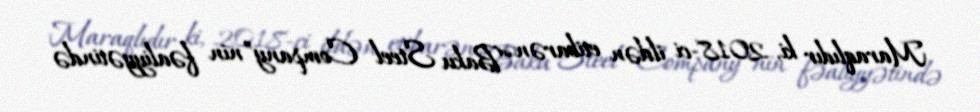
Maraqlıdır ki, 2018-ci ildən etibarən “Baku Steel Company”nin fəaliyyətində